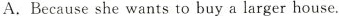
A.Because she wants to buy a larger house.